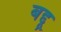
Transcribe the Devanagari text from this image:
बद्दू